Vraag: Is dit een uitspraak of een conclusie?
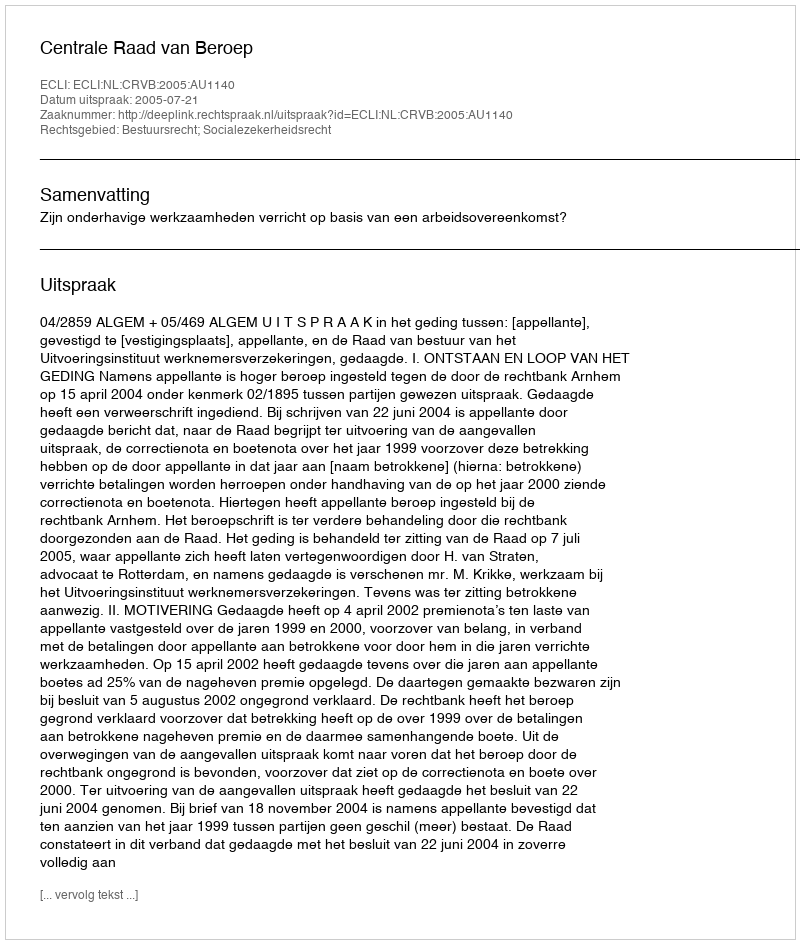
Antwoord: Uitspraak